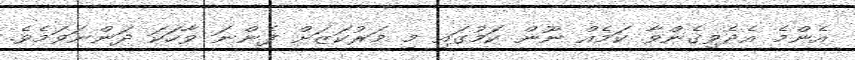
އެންމެ އެދެވިގެންވާ ކަމެއް ނޫން ކަމުގައި މި މަރުކަޒަށް ފެންނަ ވާހަކަ ދަންނަވަމެވެ.